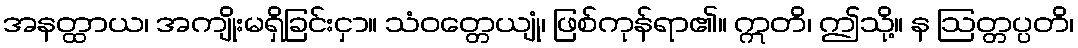
အနတ္ထာယ၊ အကျိုးမရှိခြင်းငှာ။ သံဝတ္တေယျုံ၊ ဖြစ်ကုန်ရာ၏။ ဣတိ၊ ဤသို့။ န ဩတ္တပ္ပတိ၊